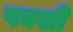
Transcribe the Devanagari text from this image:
पक्खी